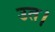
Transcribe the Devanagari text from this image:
उत।